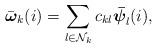
LaTeX: \begin{align*}\bar{{\boldsymbol {\omega}}}_k(i)= \sum\limits_{l\in \mathcal{N}_k} c_{kl}\boldsymbol{\bar{\psi}}_l(i),\end{align*}